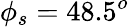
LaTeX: \phi_{s}=48.5^{o}